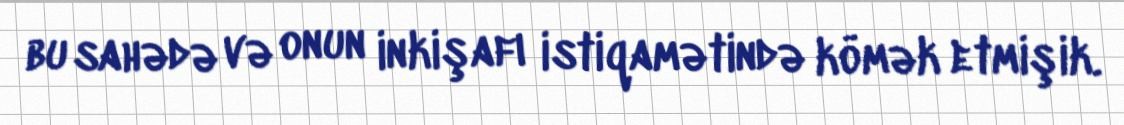
bu sahədə və onun inkişafı istiqamətində kömək etmişik.